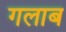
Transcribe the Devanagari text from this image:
गलाब